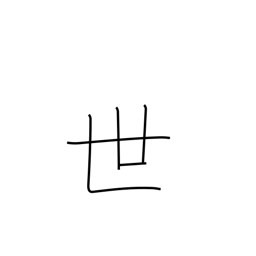
Meaning: society